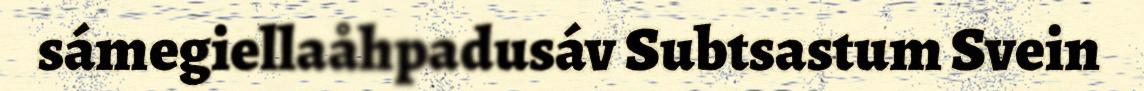
sámegiellaåhpadusáv Subtsastum Svein